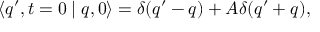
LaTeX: \langle q ^ { \prime } , t = 0 \mid q , 0 \rangle = \delta ( q ^ { \prime } - q ) + A \delta ( q ^ { \prime } + q ) ,